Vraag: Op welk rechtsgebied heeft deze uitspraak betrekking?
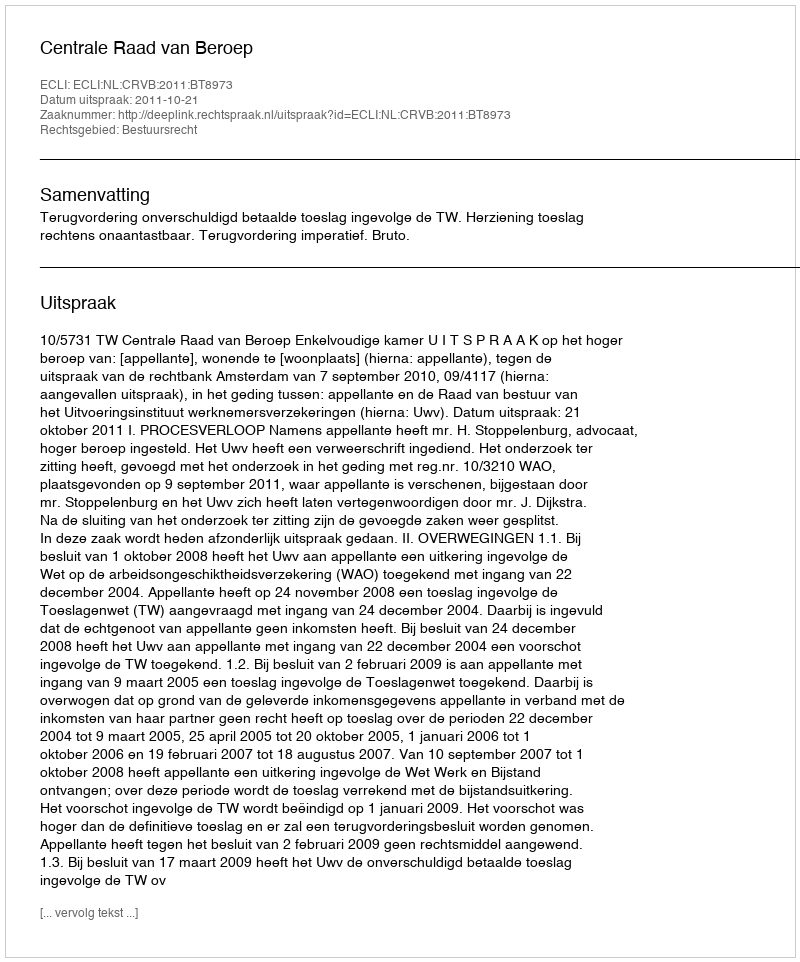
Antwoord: Bestuursrecht